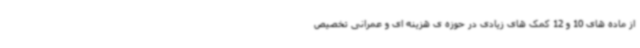
از ماده های 10 و 12 کمک های زیادی در حوزه ی هزینه ای و عمرانی تخصیص